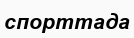
спорттада